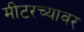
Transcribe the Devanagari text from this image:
मीटरच्यावर